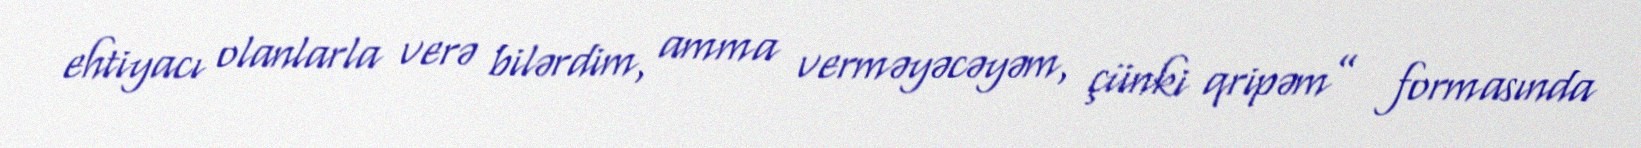
ehtiyacı olanlarla verə bilərdim, amma verməyəcəyəm, çünki qripəm” formasında